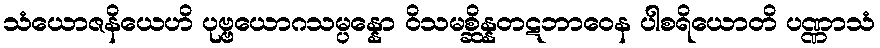
သံယောဇနိယေဟိ ပုဗ္ဗယောဂသမ္ပန္နော ဝိသမစ္ဆိန္နတဋဘာဝေန ပါစရိယောတိ ပဏ္ဏာသံ